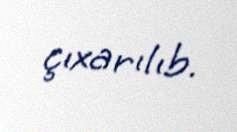
çıxarılıb.